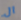
ال